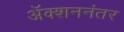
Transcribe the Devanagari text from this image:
अॅक्शननंतर